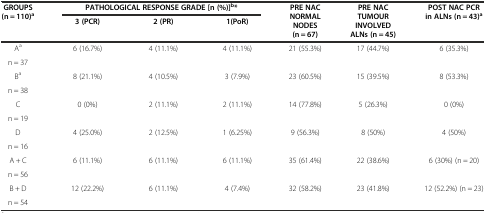
<table><thead><tr><td rowspan="2"><b>GROUPS (n = 110)<sup>a</sup></b></td><td colspan="3"><b>PATHOLOGICAL RESPONSE GRADE [n (%)]<sup>b</sup>*</b></td><td rowspan="2"><b>PRE NAC NORMAL NODES (n = 67)</b></td><td rowspan="2"><b>PRE NAC TUMOUR INVOLVED ALNs (n = 45)</b></td><td rowspan="2"><b>POST NAC PCR in ALNs (n = 43)<sup>a</sup></b></td></tr><tr><td><b>3 (PCR)</b></td><td><b>2 (PR)</b></td><td><b>1(PoR)</b></td></tr></thead><tbody><tr><td>A<sup>a</sup></td><td rowspan="2">6 (16.7%)</td><td rowspan="2">4 (11.1%)</td><td rowspan="2">4 (11.1%)</td><td rowspan="2">21 (55.3%)</td><td rowspan="2">17 (44.7%)</td><td rowspan="2">6 (35.3%)</td></tr><tr><td>n = 37</td></tr><tr><td>B<sup>a</sup></td><td rowspan="2">8 (21.1%)</td><td rowspan="2">4 (10.5%)</td><td rowspan="2">3 (7.9%)</td><td rowspan="2">23 (60.5%)</td><td rowspan="2">15 (39.5%)</td><td rowspan="2">8 (53.3%)</td></tr><tr><td>n = 38</td></tr><tr><td>C</td><td rowspan="2">0 (0%)</td><td rowspan="2">2 (11.1%)</td><td rowspan="2">2 (11.1%)</td><td rowspan="2">14 (77.8%)</td><td rowspan="2">5 (26.3%)</td><td rowspan="2">0 (0%)</td></tr><tr><td>n = 19</td></tr><tr><td>D</td><td rowspan="2">4 (25.0%)</td><td rowspan="2">2 (12.5%)</td><td rowspan="2">1 (6.25%)</td><td rowspan="2">9 (56.3%)</td><td rowspan="2">8 (50%)</td><td rowspan="2">4 (50%)</td></tr><tr><td>n = 16</td></tr><tr><td>A + C</td><td rowspan="2">6 (11.1%)</td><td rowspan="2">6 (11.1%)</td><td rowspan="2">6 (11.1%)</td><td rowspan="2">35 (61.4%)</td><td rowspan="2">22 (38.6%)</td><td rowspan="2">6 (30%) (n = 20)</td></tr><tr><td>n = 56</td></tr><tr><td>B + D</td><td rowspan="2">12 (22.2%)</td><td rowspan="2">6 (11.1%)</td><td rowspan="2">4 (7.4%)</td><td rowspan="2">32 (58.2%)</td><td rowspan="2">23 (41.8%)</td><td rowspan="2">12 (52.2%) (n = 23)</td></tr><tr><td>n = 54</td></tr></tbody></table>